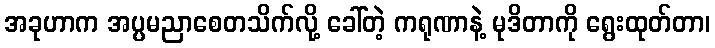
အခုဟာက အပ္ပမညာစေတသိက်လို့ ခေါ်တဲ့ ကရုဏာနဲ့ မုဒိတာကို ရွေးထုတ်တာ၊